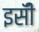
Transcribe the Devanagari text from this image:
इसॅी